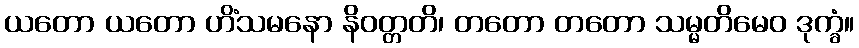
ယတော ယတော ဟိံသမနော နိဝတ္တတိ၊ တတော တတော သမ္မတိမေဝ ဒုက္ခံ။